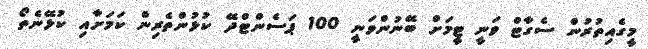
މީގެއިތުރުން ސެގާޓް ވަނީ ޓީމަށް ބޭނުންވަނީ 100 ޕަސެންޓްދޭ ކުޅުންތެރިން ކަމަށާއި ކުޅޭނެތޯ